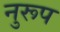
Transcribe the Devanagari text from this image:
नुरूप